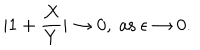
| 1 + { \frac { X } { Y } } | \to 0 , \ \mathrm { a s } \ \epsilon \to 0 .